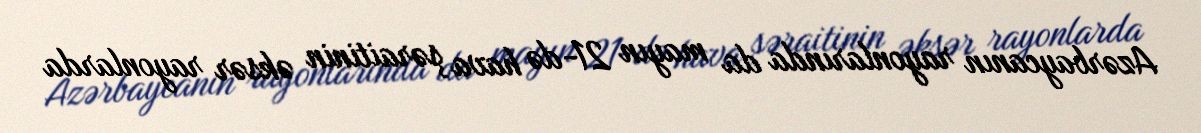
Azərbaycanın rayonlarında da mayın 21-də hava şəraitinin əksər rayonlarda